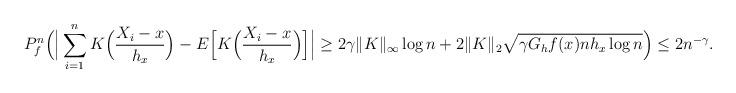
LaTeX: \begin{align*}P_f^n\Big( \Big| \sum_{i=1}^n K\Big( \frac{X_i-x}{h_x}\Big)- E\Big[K\Big( \frac{X_i-x}{h_x}\Big)\Big] \Big|\geq 2\gamma \|K\|_{\infty} \log n + 2\|K\|_2\sqrt{\gamma G_hf(x) nh_x \log n}\Big) \leq 2n^{-\gamma}.\end{align*}